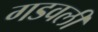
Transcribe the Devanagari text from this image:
गडवली